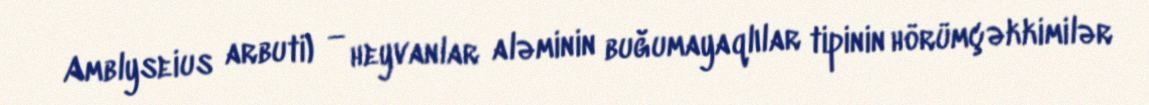
Amblyseius arbuti) — heyvanlar aləminin buğumayaqlılar tipinin hörümçəkkimilər